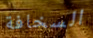
السخافة